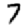
Digit: 7